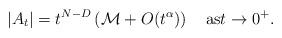
LaTeX: \begin{align*}|A_t|= t^{N-D}\left({\mathcal {M}}+O(t^\alpha)\right)\quad\mathrm{as}t\to0^+.\end{align*}